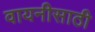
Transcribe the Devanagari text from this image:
वायनीसाठी